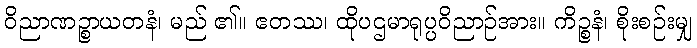
ဝိညာဏဉ္စာယတနံ၊ မည် ၏။ ဧတဿ၊ ထိုပဌမာရုပ္ပဝိညာဉ်အား။ ကိဉ္စနံ၊ စိုးစဉ်းမျှ